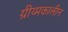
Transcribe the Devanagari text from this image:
ग्रीय्मकालीन